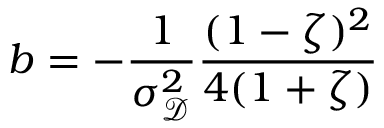
b = - \frac { 1 } { \sigma _ { \mathscr D } ^ { 2 } } \frac { ( 1 - \zeta ) ^ { 2 } } { 4 ( 1 + \zeta ) }